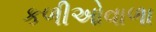
કળીઓવાળા